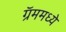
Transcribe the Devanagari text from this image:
ग्रॅममध्ये